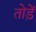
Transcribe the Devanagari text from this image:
तोड़ें